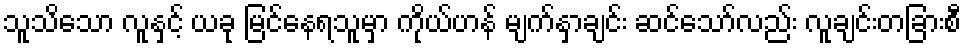
သူသိသော လူနှင့် ယခု မြင်နေရသူမှာ ကိုယ်ဟန် မျက်နှာချင်း ဆင်သော်လည်း လူချင်းတခြားစီ